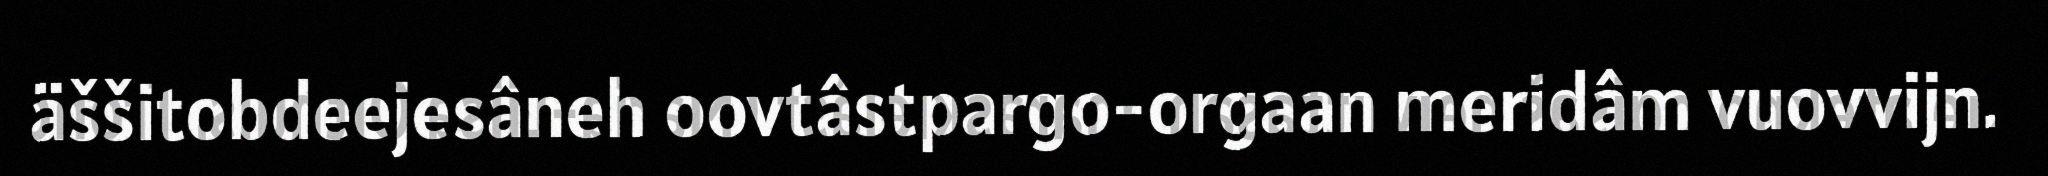
äššitobdeejesâneh oovtâstpargo-orgaan meridâm vuovvijn.